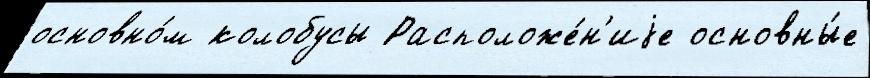
основно́м колобусы Расположе́н'иjе основны́е